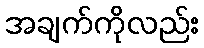
အချက်ကိုလည်း